Scottish Leaving Certificate Examination, 1954
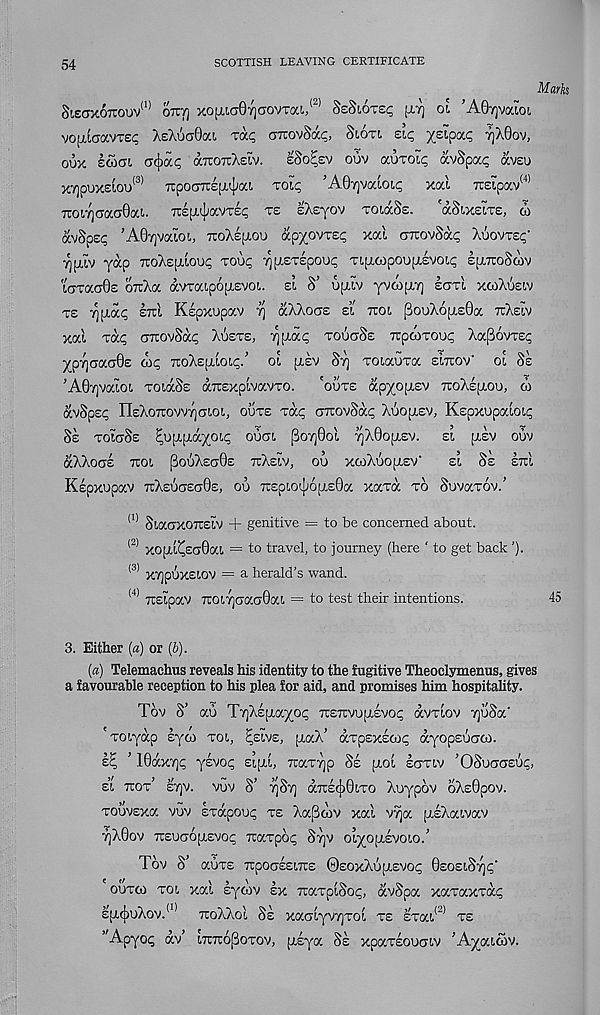
54
SCOTTISH LEAVING CERTIFICATE
SlEOTtOTTOOV 111 070) XOfLlCJ07)(7OVTOa, <2)
[L7] 01 ’AOvjVaiOt,
voij.LCTavTS? XsXuaOoa ra.q oKovMq, 8i.6ti siq
rj^dw,
ovx scoot acjioc*; arcoTiXsiv.
sSoEcv ouv auTOi^ avScac avsu
Marks
43)
(4)
xvjpoxstou'' TcpocTTrep.^1 't’ 0^ ’A07)vaLO(,(; xal Tisipav 1
TroiYjaaoOai.. 7repw};avT£p ts eXeyov ToiaSs.
'aSixeiTe, w
ocvSpsp ’AA/ycao',, TroXepioo apyovTsp xal aTrovSap Xocvrep’
jj.lv yap TioXejjioup roup ^jjsTepoup Ttjjcopoujjsvoip sjjTioSaiv
iCTTacT0s oruXa avraipojjevoi. si S’ ujjiv yvcojjY) scttI xcoXusw
ts yjjac stti Kspxupav r\ aXXoas si ttoi pooX6jjs0a tcXsiv
xal rap orcovSccp XSsts, ^ptap touctSs TTpcoTou^ Xap6vrsp
yprjoao0s cop xoXsjjioip.’ oi jjev 8r] Toiaora eittov' oi Ss
’A0Y)vaIoi ToiaSs aTrsxpivavTO.
'outs apyojxsv ttoXsijou, co
avSpsp IIsXoTuovvrjOToi, outs Tap ciTrovSap Xuojjev, Kspxupaioip
Ss TolaSs ^ujjjja^oip ouot (3ok|1oI 7)X0ojjsv. si jjsv ouv
(5cXXoas Ttoi (3ouXsc>0e TrXsiv, ou xcoXuojjev’
si Ss stu
Kspxupav 7rXsucis(j0s, ou 7rspiotjj6jjs0a xaTa to SuvaTOV.’
(1) SiacrxOTTSlV + genitive = to be concerned about.
(2) xojji^sa0ai = to travel, to journey (here ‘ to get back ’).
(3) XYjpSxsiOV = a herald’s wand.
<4) Tisipav 7roi7]cjaG0ai = to test their intentions.
45
3. Either (a) or (6).
(a) Telemachus reveals his identity to the fugitive Theoclymenus, gives
a favourable reception to his plea for aid, and promises him hospitahty.
Tov S’ au TijXsjjayop TtSTrvujJsvop avviov vjuSa'
'voiyap syco toi, ^slvs, jjaX’ avpsxscop ayopsuaco.
s^ ’ 10ax7)p ysvop sijji, TcaT-yjp Ss jjoi sgtiv ’OSuggsup,
s’i ttot’ st]V. vuv S’ 7)St] a7is(J)0iTO Xuypov oXsOpov.
Touvsxa vuv svapoup ts Xa[3cov xal v9ja [JsXaivav
7]X0ov TTEUGOjjsvop TcaTpop Sr)V oiyojjsvoio.’
Tov S’ auTS TrpOGSEiTcs ©soxXujJsvop OsosiStjp'
outco toi xal sycov sx TraTpiSop, avSpa xaTaxTap
sjj(j)uXov. <1) TuoXXpl Ss xaoiyy/jToi ts sTai <2) ts
w Apyop av’ niTropoTOv, jjsya Ss xpaTsouGiv ’Ayaicov.